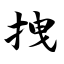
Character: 拽